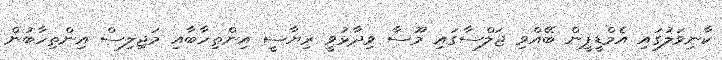
ކާނިވަލުގައި އެމްޑީޕީން ބޭއްވި ޖަލްސާގައި މޫސާ ވިދާޅުވީ ރިޔާސީ އިންތިހާބާއި މަޖިލިސް އިންތިހާބުން